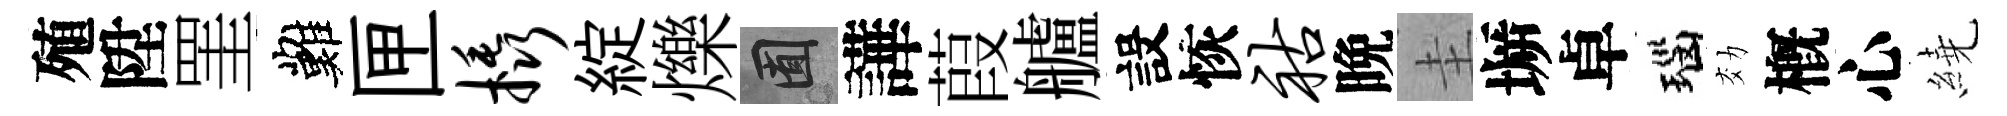
殖陞罣難匣橇綻爍囿譁葭艫設恢祜晩圭󶱲卓瑙効槪心繞